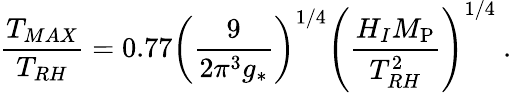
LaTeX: \frac{T_{MAX}}{T_{RH}}=0.77\left(\frac{9}{2\pi^{3}g_{*}}\right)^{1/4}\left(\frac{H_{I}M_{\mathrm{P}}}{T_{RH}^{2}}\right)^{1/4}\ .